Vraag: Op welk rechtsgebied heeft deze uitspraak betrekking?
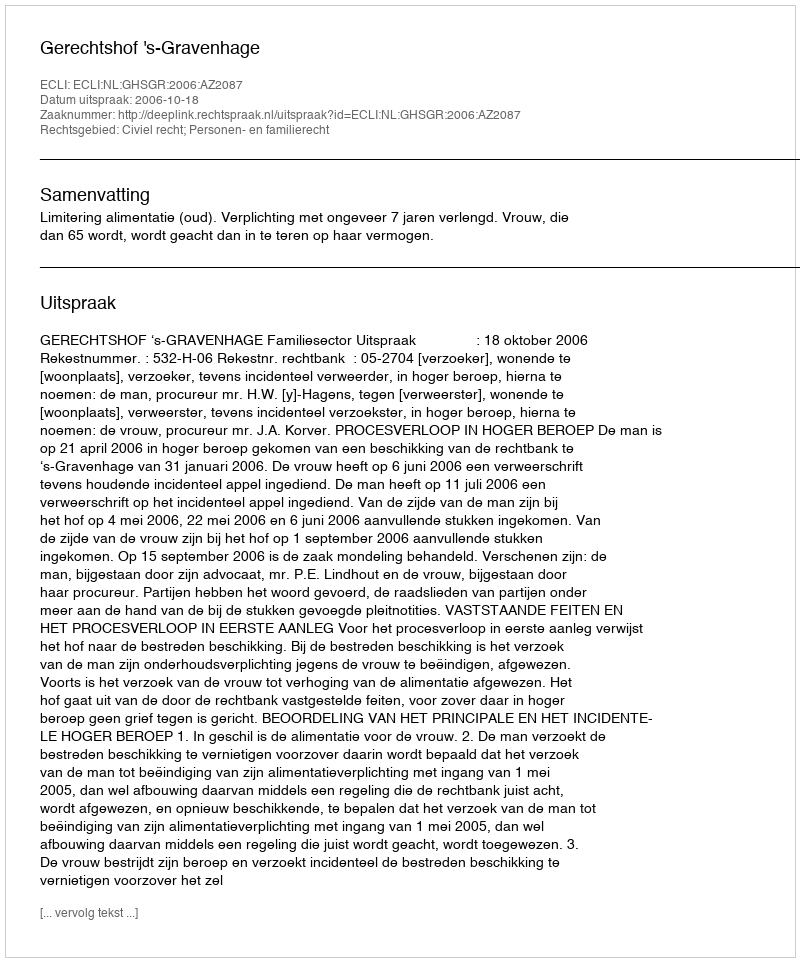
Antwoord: Civiel recht; Personen- en familierecht